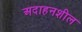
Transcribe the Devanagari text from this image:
अदाहनशील